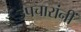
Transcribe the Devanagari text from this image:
उपचारांनीं